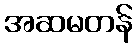
အဆမတန်